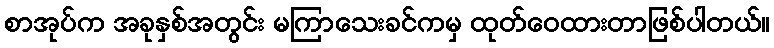
စာအုပ်က အခုနှစ်အတွင်း မကြာသေးခင်ကမှ ထုတ်ဝေထားတာဖြစ်ပါတယ်။